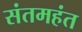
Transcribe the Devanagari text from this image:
संतमहंत